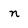
Character: n